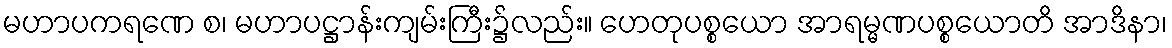
မဟာပကရဏေ စ၊ မဟာပဋ္ဌာန်းကျမ်းကြီး၌လည်း။ ဟေတုပစ္စယော အာရမ္မဏပစ္စယောတိ အာဒိနာ၊